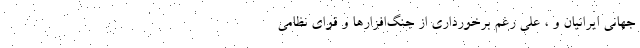
جهانی ایرانیان و ، علی رغم برخورداری از جنگ‌افزارها و قوای نظامی